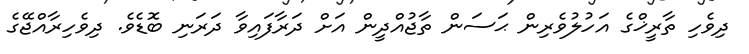
ދިވެހި ތާރީޚްގެ އަހުލުވެރިން ޙަސަން ތާޖުއްދީން އަށް ދަރާފައިވާ ދަރަނި ބޮޑެވެ. ދިވެހިރާއްޖޭގެ